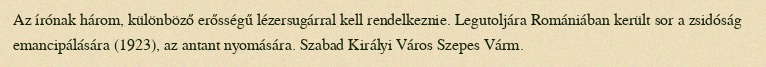
Az írónak három, különböző erősségű lézersugárral kell rendelkeznie. Legutoljára Romániában került sor a zsidóság emancipálására (1923), az antant nyomására. Szabad Királyi Város Szepes Várm.